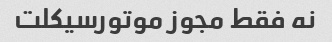
نه فقط مجوز موتورسیکلت